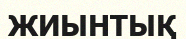
ЖИЫНТЫҚ